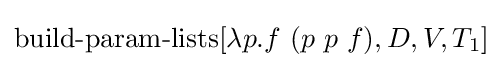
\operatorname {build-param-lists} [\lambda p.f\ (p\ p\ f),D,V,T_{1}]